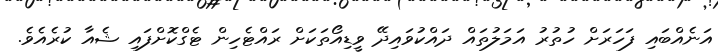
އަނެއްބައި ފަހަރަށް ހުތުރު އަމަލުތައް ދައްކުވައިދޭ ވީޑިއޯތަކަށް ރައްޓެހިން ޓެގްކޮށްފައި ޝެއާ ކުރެއެވެ.